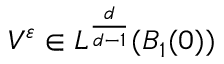
V ^ { \varepsilon } \in L ^ { \frac { d } { d - 1 } } ( B _ { 1 } ( 0 ) )